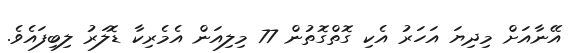
އޭނާއަށް މިދިޔަ އަހަރު އެކި ގޮތްގޮތުން 77 މިލިއަން އެމެރިކާ ޑޮލަރު ލިބިފައެވެ.